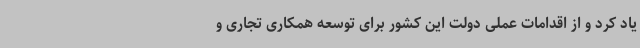
یاد کرد و از اقدامات عملی دولت این کشور برای توسعه همکاری تجاری و